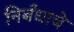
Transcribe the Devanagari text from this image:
निर्बंधाचे